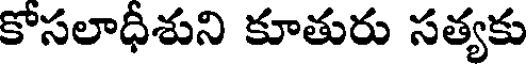
కోసలాధీశుని కూతురు సత్యకు